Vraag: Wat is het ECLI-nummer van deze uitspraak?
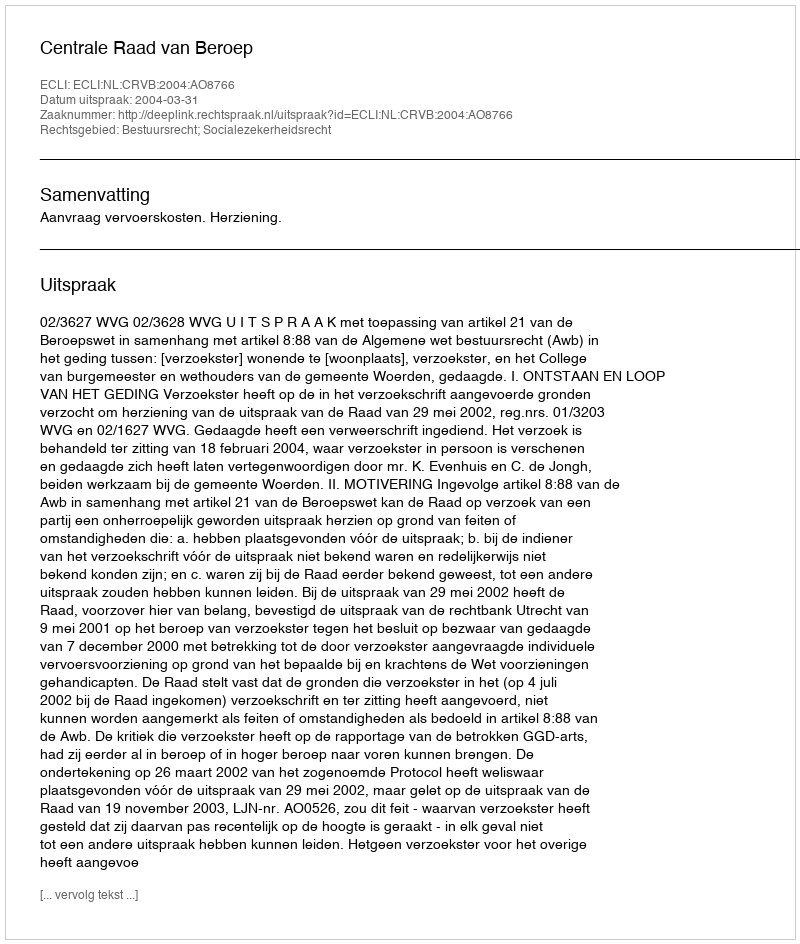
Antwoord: ECLI:NL:CRVB:2004:AO8766